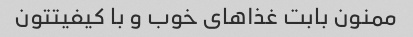
ممنون بابت غذاهای خوب و با کیفیتتون